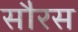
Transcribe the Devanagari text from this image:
सौरस